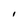
Character: I